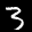
Label: 3